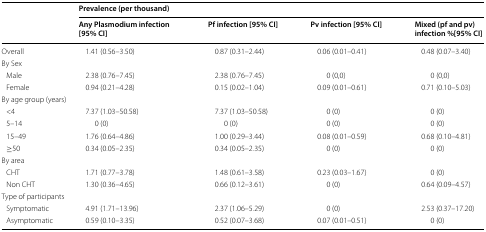
<table><thead><tr><td rowspan="2">[EMPTY_CELL]</td><td colspan="4"><b>Prevalence (per thousand)</b></td></tr><tr><td><b>Any Plasmodium infection [95% CI]</b></td><td><b>Pf infection [95% CI]</b></td><td><b>Pv infection [95% CI]</b></td><td><b>Mixed (pf and pv) infection %[95% CI]</b></td></tr></thead><tbody><tr><td>Overall</td><td>1.41 (0.56–3.50)</td><td>0.87 (0.31–2.44)</td><td>0.06 (0.01–0.41)</td><td>0.48 (0.07–3.40)</td></tr><tr><td colspan="5">By Sex</td></tr><tr><td> Male</td><td>2.38 (0.76–7.45)</td><td>2.38 (0.76–7.45)</td><td>0 (0,0)</td><td>0 (0,0)</td></tr><tr><td> Female</td><td>0.94 (0.21–4.28)</td><td>0.15 (0.02–1.04)</td><td>0.09 (0.01–0.61)</td><td>0.71 (0.10–5.03)</td></tr><tr><td colspan="5">By age group (years)</td></tr><tr><td> &lt;4</td><td>7.37 (1.03–50.58)</td><td>7.37 (1.03–50.58)</td><td>0 (0)</td><td>0 (0)</td></tr><tr><td> 5–14</td><td>0 (0)</td><td>0 (0)</td><td>0 (0)</td><td>0 (0)</td></tr><tr><td> 15–49</td><td>1.76 (0.64–4.86)</td><td>1.00 (0.29–3.44)</td><td>0.08 (0.01–0.59)</td><td>0.68 (0.10–4.81)</td></tr><tr><td> ≥50</td><td>0.34 (0.05–2.35)</td><td>0.34 (0.05–2.35)</td><td>0 (0)</td><td>0 (0)</td></tr><tr><td colspan="5">By area</td></tr><tr><td> CHT</td><td>1.71 (0.77–3.78)</td><td>1.48 (0.61–3.58)</td><td>0.23 (0.03–1.67)</td><td>0 (0)</td></tr><tr><td> Non CHT</td><td>1.30 (0.36–4.65)</td><td>0.66 (0.12–3.61)</td><td>0 (0)</td><td>0.64 (0.09–4.57)</td></tr><tr><td colspan="5">Type of participants</td></tr><tr><td> Symptomatic</td><td>4.91 (1.71–13.96)</td><td>2.37 (1.06–5.29)</td><td>0 (0)</td><td>2.53 (0.37–17.20)</td></tr><tr><td> Asymptomatic</td><td>0.59 (0.10–3.35)</td><td>0.52 (0.07–3.68)</td><td>0.07 (0.01–0.51)</td><td>0 (0)</td></tr></tbody></table>